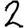
Digit: 2